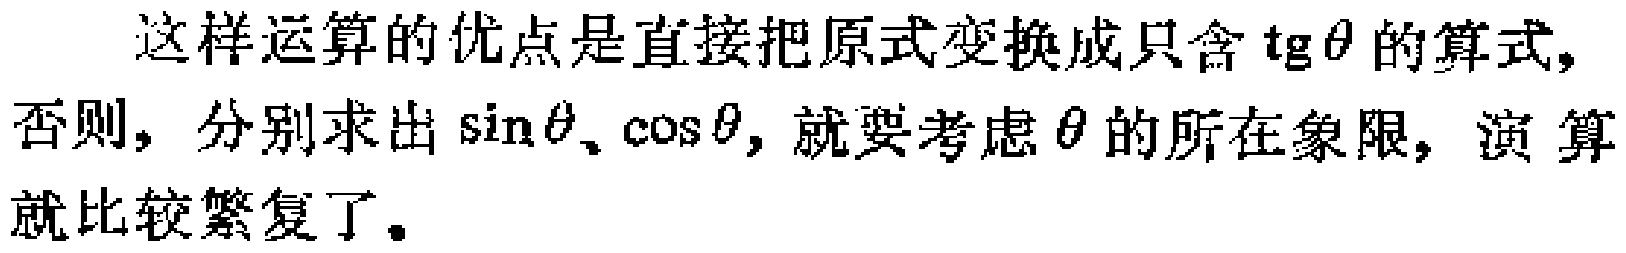
这样运算的优点是直接把原式变换成只含$\text{tg}\theta$的算式, 否则, 分别求出$\sin\theta$、$\cos\theta$, 就要考虑$\theta$的所在象限, 演算就比较繁复了。